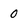
Character: 0